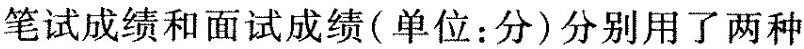
笔试成绩和面试成绩（ 单位：分 ）分别用了两种